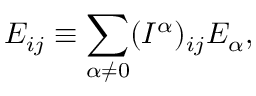
E _ { i j } \equiv \sum _ { \alpha \neq 0 } ( I ^ { \alpha } ) _ { i j } E _ { \alpha } ,